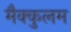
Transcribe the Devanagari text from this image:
मैक्कुलम